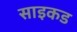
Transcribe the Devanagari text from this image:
साइकड